Civil Veterinary Dept. North-West Frontier Province 1901-22 - 1901-1922
Year: 1901
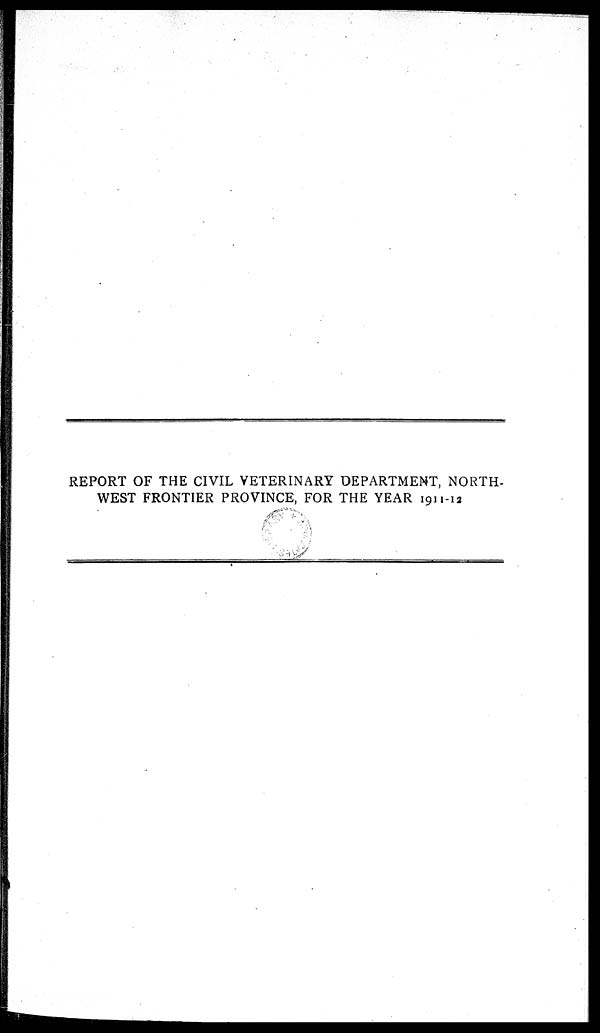
REPORT OF THE CIVIL VETERINARY DEPARTMENT, NORTH-
WEST FRONTIER PROVINCE, FOR THE YEAR 1911-12